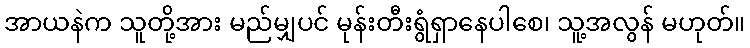
အာယနဲက သူတို့အား မည်မျှပင် မုန်းတီးရွံရှာနေပါစေ၊ သူ့အလွန် မဟုတ်။